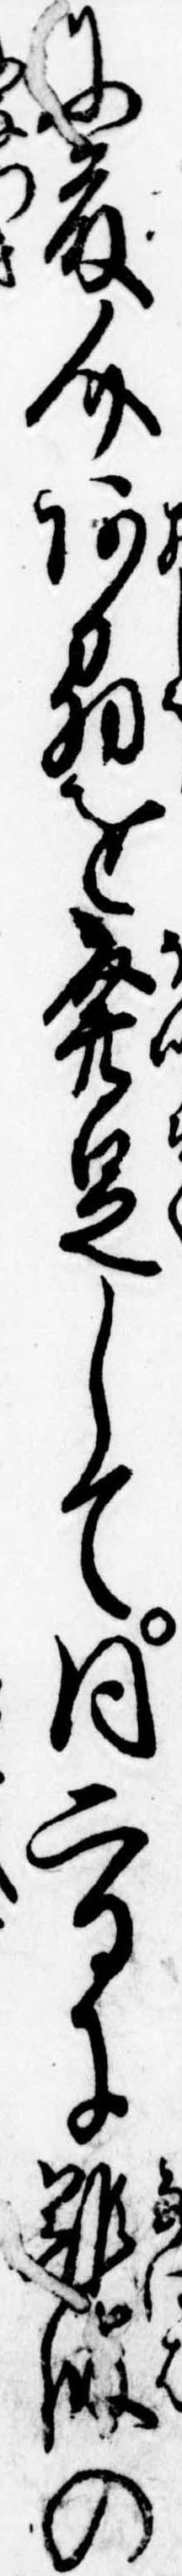
に藤介阿刕を発足して同二日に難波の